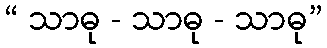
“ သာဓု - သာဓု - သာဓု”